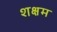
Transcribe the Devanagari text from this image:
शक्षम